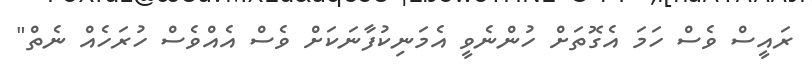
ރައީސް ވެސް ހަމަ އެގޮތަށް ހުންނެވީ އެމަނިކުފާނަކަށް ވެސް އެއްވެސް ހުރަހެއް ނެތް"